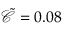
\tilde { \mathcal { C } } = 0 . 0 8